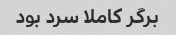
برگر کاملا سرد بود